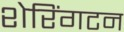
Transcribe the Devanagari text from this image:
शेरिंगटन